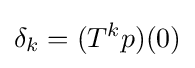
\delta _{k}=(T^{k}p)(0)